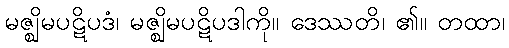
မဇ္ဈိမပဋိပဒံ၊ မဇ္ဈိမပဋိပဒါကို။ ဒေဿတိ၊ ၏။ တထာ၊